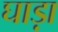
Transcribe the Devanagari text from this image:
घाड़ा